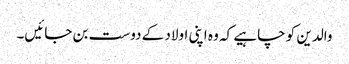
والدین کو چاہیے کہ وہ اپنی اولاد کے دوست بن جائیں۔